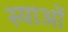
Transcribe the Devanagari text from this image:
स्याओं